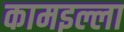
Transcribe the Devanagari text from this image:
कामइल्ला